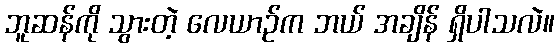
ဘူဆန်ကို သွားတဲ့ လေယာဉ်က ဘယ် အချိန် ရှိပါသလဲ။